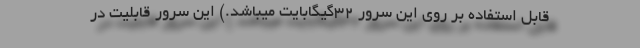
قابل استفاده بر روی این سرور 32گیگابایت میباشد.) این سرور قابلیت در